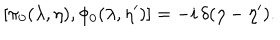
\left[ \pi _ { 0 } ( \lambda , \eta ) , \phi _ { 0 } ( \lambda , \eta ^ { \prime } ) \right] = - i \, \delta ( \eta - \eta ^ { \prime } ) .